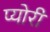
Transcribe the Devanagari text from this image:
प्योरी